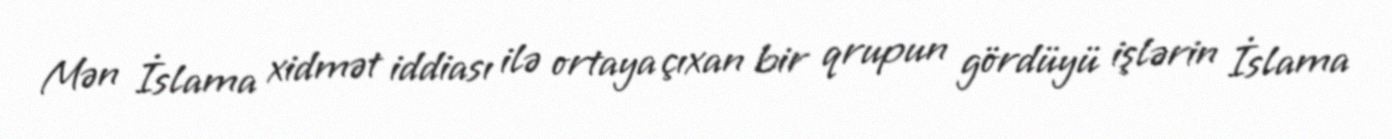
Mən İslama xidmət iddiası ilə ortaya çıxan bir qrupun gördüyü işlərin İslama